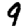
Digit: 9